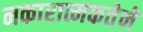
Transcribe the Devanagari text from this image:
नकारात्मकतेने